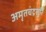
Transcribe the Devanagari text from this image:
अमृतचंद्रसूरि